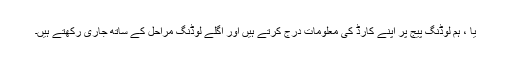
یا ، ہم لوڈنگ پیج پر اپنے کارڈ کی معلومات درج کرتے ہیں اور اگلے لوڈنگ مراحل کے ساتھ جاری رکھتے ہیں۔